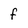
Character: f